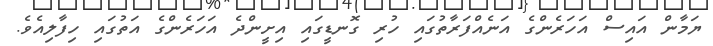
ޔަމާން އައިސް އަހަރެންގެ އަނެއްފަރާތުގައި ހުރި ގޮނޑީގައި އިށީންދެ އަހަރެންގެ އަތުގައި ހިފާލިއެވެ.